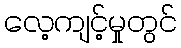
လေ့ကျင့်မှုတွင်